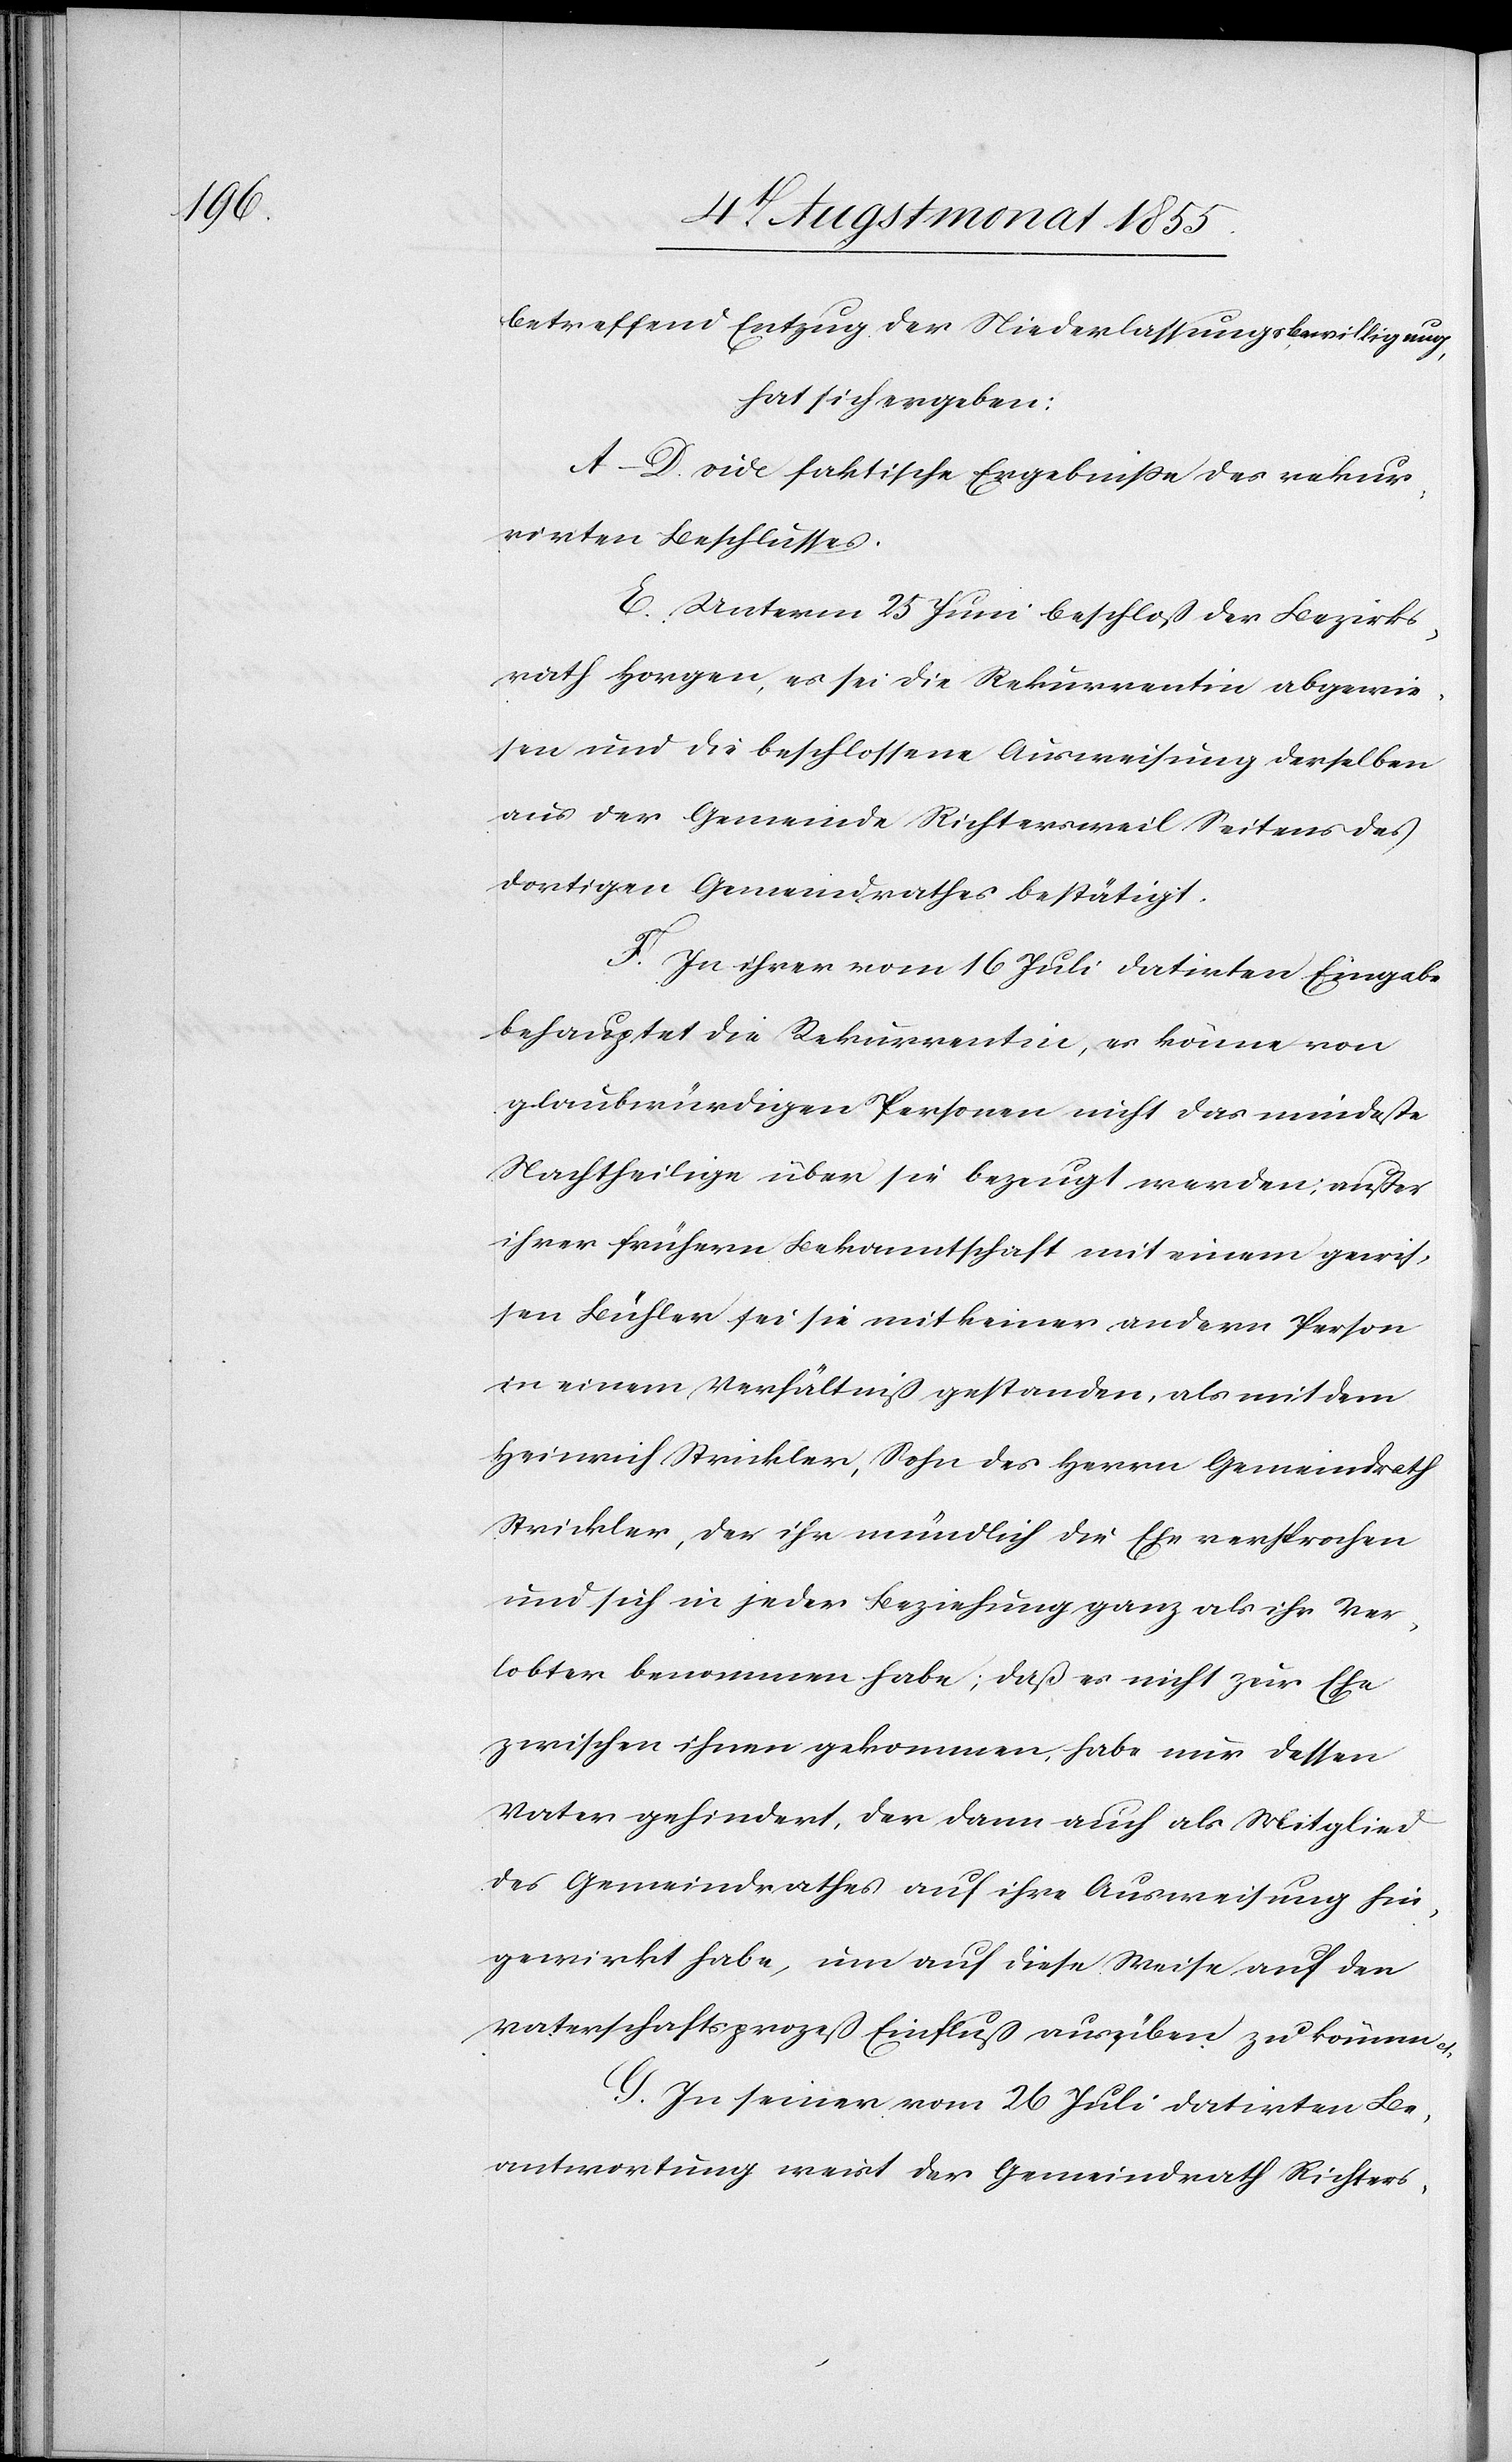
betreffend Entzug der Niederlassungsbewilligung,
hat sich ergeben:
A–D. vide faktische Ergebniße des rekur¬
rirten Beschlusses.
E. Unterm 25 Juni beschloß der Bezirks¬
rath Horgen, es sei die Rekurrentin abgewie¬
sen und die beschlossene Ausweisung derselben
aus der Gemeinde Richtersweil Seitens des
dortigen Gemeindrathes bestätigt.
F. In ihrer vom 16 Juli datirten Eingabe
behauptet die Rekurrentin, es könne von
glaubwürdigen Personen nicht das mindeste
Nachtheilige über sie bezeugt werden; außer
ihrer frühern Bekanntschaft mit einem gewis¬
sen Bühler sei sie mit keiner andern Person
in einem Verhältniß gestanden, als mit dem
Heinrich Strickler, Sohn des Herrn Gemeindrath
Strickler, der ihr mündlich die Ehe versprochen
und sich in jeder Beziehung ganz als ihr Ver¬
lobter benommen habe, daß es nicht zur Ehe
zwischen ihnen gekommen, habe nur dessen
Vater gehindert, der dann auch als Mitglied
des Gemeindrathes auf ihre Ausweisung hin¬
gewirkt habe, um auf diese Weise auf den
Vaterschaftsprozeß Einfluß ausüben zu können
G. In seiner vom 26 Juli datirten Be¬
antwortung weist der Gemeindrath Richters-